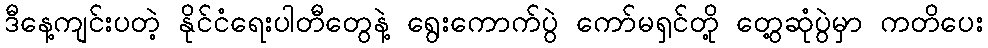
ဒီနေ့ကျင်းပတဲ့ နိုင်ငံရေးပါတီတွေနဲ့ ရွေးကောက်ပွဲ ကော်မရှင်တို့ တွေ့ဆုံပွဲမှာ ကတိပေး